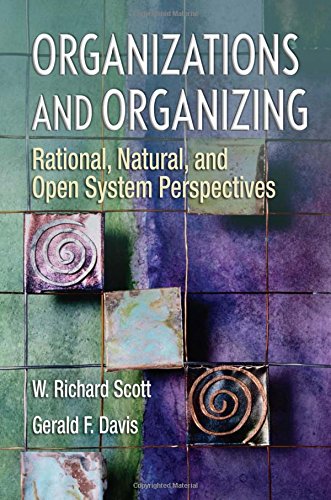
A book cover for Organizations and Organizing: Rational, Natural and Open Systems Perspectives; W Richard Scott; Business & Money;